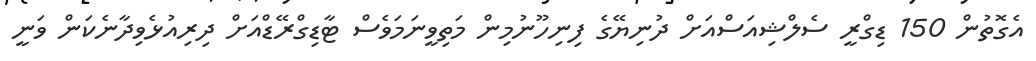
އެގޮތުން 150 ޑިގްރީ ސެލްޝިއަސްއަށް ދުނިޔޭގެ ފިނިހޫނުމިން މަތިވީނަމަވެސް ޓާޑިގްރޭޑްއަށް ދިރިއުޅެވިދާނެކަން ވަނީ